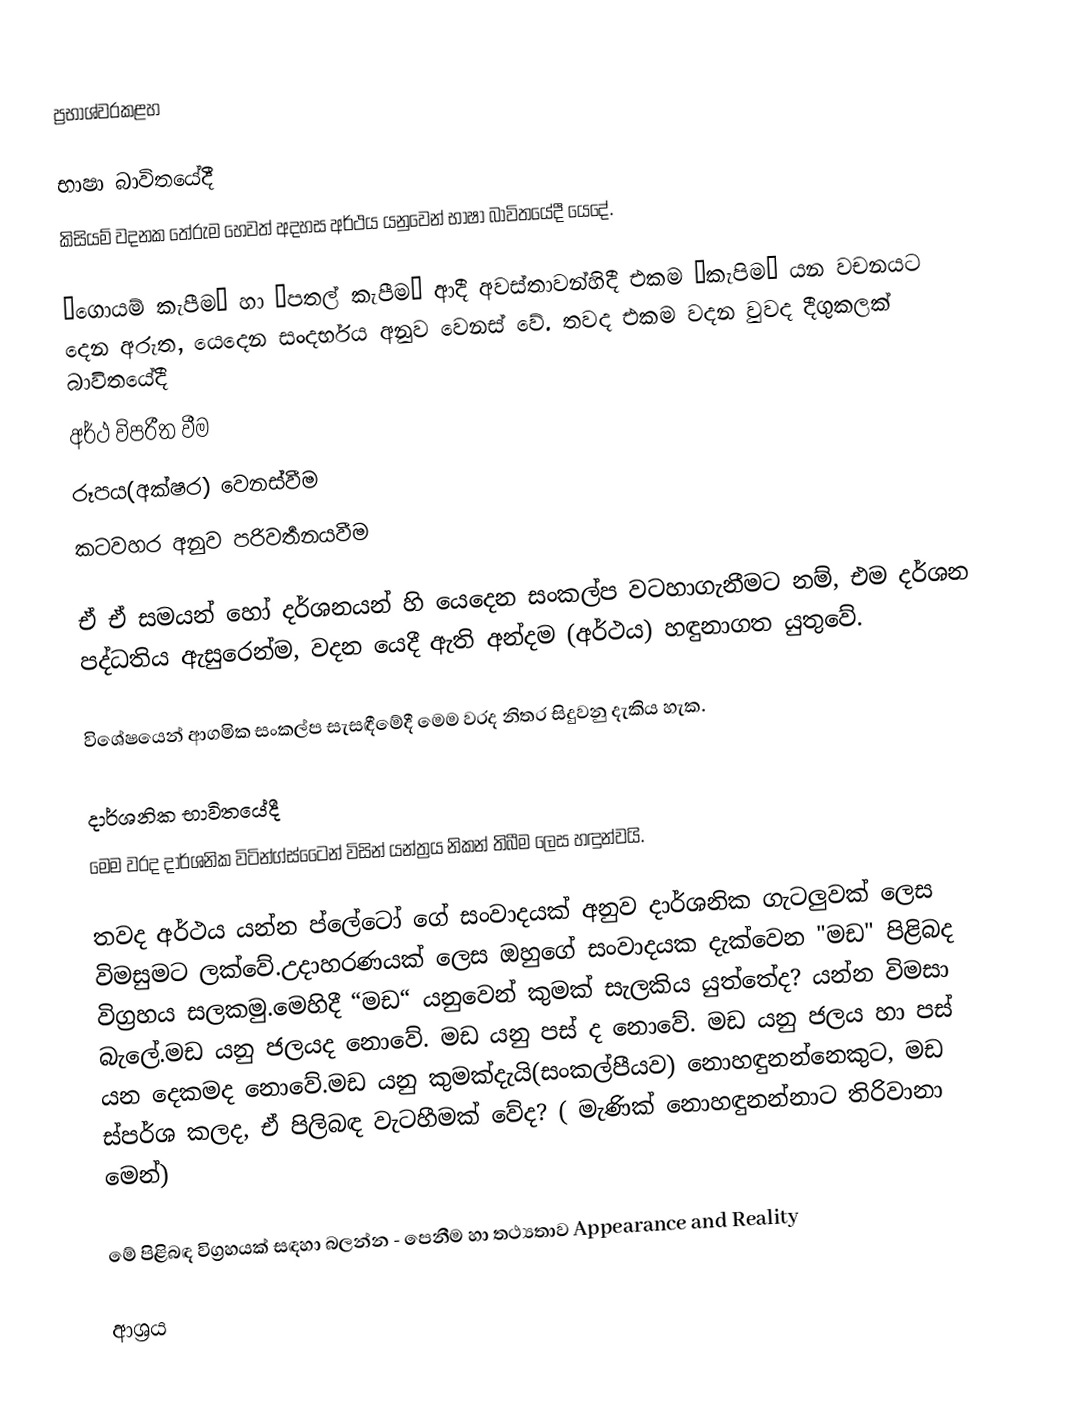
ප්‍රභාශ්වරකළහ

භාෂා බාවිතයේදී
කිසියම් වදනක තේරුම හෙවත් අදහස අර්ථය යනුවෙන් භාෂා බාවිතයේදී යෙදේ.

‘ගොයම් කැපීම‘ හා ‘පතල් කැපීම‘ ආදී අවස්තාවන්හිදී  එකම “කැපිම“ යන වචනයට දෙන අරුත, යෙදෙන සංදර්භය අනුව වෙනස් වේ. තවද එකම වදන වුවද දීගුකලක් බාවිතයේදී
 අර්ථ විපරීත වීම
 රූපය(අක්ෂර) වෙනස්වීම
 කටවහර අනුව පරිවර්‍තනයවීම

ඒ ඒ සමයන් හෝ දර්ශනයන් හි යෙදෙන සංකල්ප වටහාගැනීමට නම්, එම දර්ශන පද්ධතිය ඇසුරෙන්ම, වදන යෙදී ඇති අන්දම (අර්ථය) හඳුනාගත යුතුවේ.

විශේෂයෙන් ආගමික සංකල්ප සැසඳීමේදී මෙම වරද නිතර සිදුවනු දැකිය හැක.

දාර්ශනික භාවිතයේදී
මෙම වරද දාර්ශනික විටින්ග්ස්ටෛන් විසින් යන්ත්‍රය නිකන් තිබීම ලෙස හඳුන්වයි.

තවද  අර්ථය යන්න ප්ලේටෝ ගේ සංවාදයක් අනුව දාර්ශනික ගැටලුවක්  ලෙස විමසුමට ලක්වේ.උදාහරණයක් ලෙස ඔහුගේ සංවාදයක දැක්වෙන "මඩ" පිළිබද විග්‍රහය සලකමු.මෙහිදී “මඩ“ යනුවෙන් කුමක් සැලකිය යුත්තේද? යන්න විමසා බැලේ.මඩ යනු ජලයද නොවේ. මඩ යනු පස් ද නොවේ. මඩ යනු ජලය හා පස් යන දෙකමද නොවේ.මඩ යනු  කුමක්දැයි(සංකල්පීයව) නොහඳුනන්නෙකුට, මඩ ස්පර්ශ කලද, ඒ පිලිබඳ වැටහීමක් වේද? ( මැණික් නොහඳුනන්නාට තිරිවානා මෙන්)

මේ පිළිබඳ විග්‍රහයක් සඳහා බලන්න - පෙනීම හා තථ්‍යතාව Appearance and Reality

ආශ්‍රය